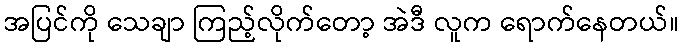
အပြင်ကို သေချာ ကြည့်လိုက်တော့ အဲဒီ လူက ရောက်နေတယ်။